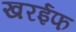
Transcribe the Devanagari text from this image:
खरईफ